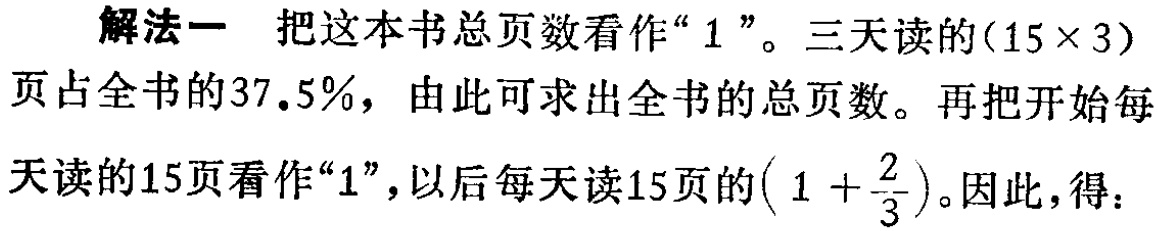
解法一 把这本书总页数看作“$1$”。三天读的$(15\times 3)$页占全书的$37.5\%$，由此可求出全书的总页数。再把开始每天读的$15$页看作“$1$”，以后每天读$15$页的$\left(1 + \dfrac{2}{3}\right)$。因此，得：